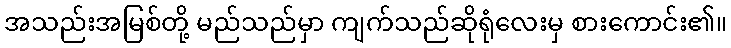
အသည်းအမြစ်တို့ မည်သည်မှာ ကျက်သည်ဆိုရုံလေးမှ စားကောင်း၏။